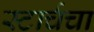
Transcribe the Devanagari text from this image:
स्टार्चचा